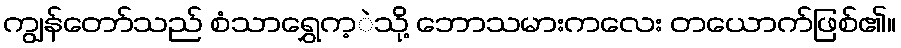
ကျွန်တော်သည် စံသာရွှေက့ဲသို့ ဘောသမားကလေး တယောက်ဖြစ်၏။